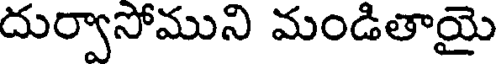
దుర్వాసోముని మండితాయై